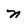
Character: n